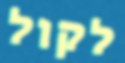
לקול